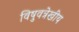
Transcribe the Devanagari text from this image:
विषुवत्रेखीय